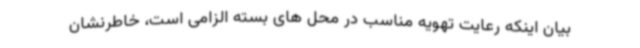
بیان اینکه رعایت تهویه مناسب در محل های بسته الزامی است، خاطرنشان